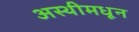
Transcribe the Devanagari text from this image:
अस्थीमधून